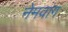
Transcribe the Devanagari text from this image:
नेमवांग